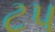
ટપ